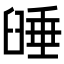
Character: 𦥻